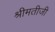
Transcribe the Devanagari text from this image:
श्रीमतीजी